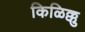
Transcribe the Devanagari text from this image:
किळिक्कु